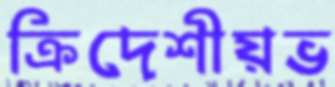
ক্রিদেশীয়ভ